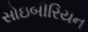
સોઇબીરિયન